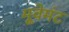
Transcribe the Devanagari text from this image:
मूवेमंट